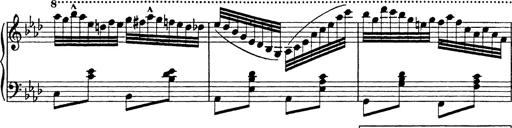
Title: 8 Variations
Composer: Franz Liszt
Key: A-flat major